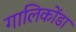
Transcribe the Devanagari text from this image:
गालिकोंडा